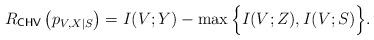
LaTeX: \begin{align*}R_\mathsf{CHV}\left(p_{V,X|S}\right)=I(V;Y)-\max\Big\{I(V;Z),I(V;S)\Big\}.\end{align*}